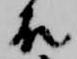
殿